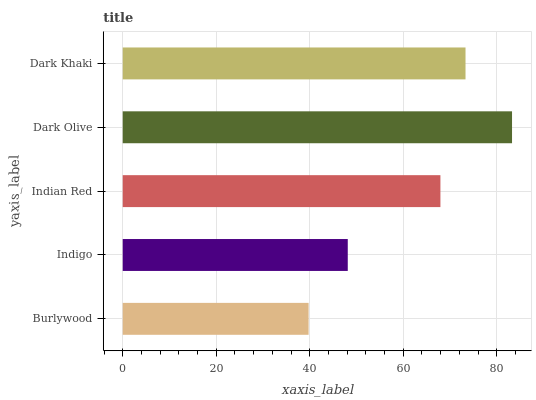
| yaxis_label | bars |
 | --- | --- |
 | Burlywood | 39.8 |
 | Indigo | 48.1 |
 | Indian Red | 67.9 |
 | Dark Olive | 83.3 |
 | Dark Khaki | 73.3 |